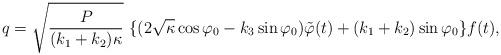
LaTeX: \begin{align*}q=\sqrt{\frac{P}{(k_{1}+k_{2}) \kappa}}~\{(2\sqrt{\kappa}\cos \varphi_{0}-k_{3}\sin \varphi_{0})\tilde{\varphi}(t)+(k_{1}+k_{2})\sin \varphi_{0}\} f(t),\end{align*}